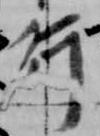
行